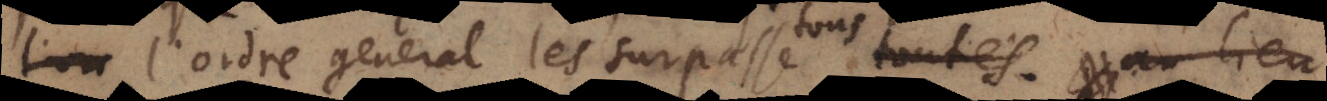
l’ordre general les surpasse toutes; au lieu